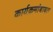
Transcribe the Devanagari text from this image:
कार्यक्रमांबाबत